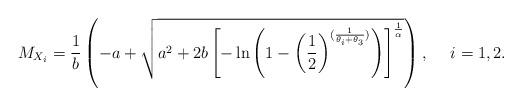
LaTeX: \begin{align*}M_{X_{i}}=\frac{1}{b}\left( -a+\sqrt{a^{2}+2b\left[ -\ln \left( 1-\left( \frac{1}{2}\right) ^{(\frac{1}{\theta _{i}+\theta _{3}})}\right) \right] ^{\frac{1}{\alpha }}}\right) ,\ \ \ \ i=1,2.\end{align*}